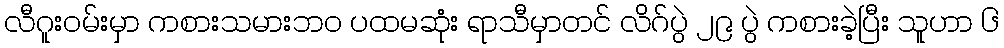
လီဂူးဝမ်းမှာ ကစားသမားဘဝ ပထမဆုံး ရာသီမှာတင် လိဂ်ပွဲ ၂၉ ပွဲ ကစားခဲ့ပြီး သူဟာ ၆